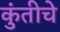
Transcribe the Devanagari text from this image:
कुंतीचे